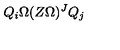
Q _ { i } \Omega ( Z \Omega ) ^ { J } Q _ { j }